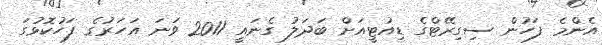
އެންމެ ފަހުން ސިގިރޭޓްގެ ޑިއުޓީއަށް ބަދަލު ގެނައީ 2011 ވަނަ އަހަރުގެ ފަހުކޮޅުގަ